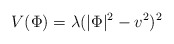
\begin{align*} V(\Phi) = \lambda (|\Phi|^2 - v^2)^2\end{align*}